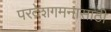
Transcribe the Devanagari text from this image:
परदेशगमनासाठी